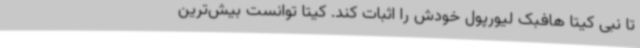
تا نبی کیتا هافبک لیورپول خودش را اثبات کند. کیتا توانست بیش‌ترین